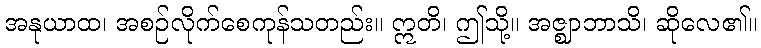
အနုယာထ၊ အစဉ်လိုက်စေကုန်သတည်း။ ဣတိ၊ ဤသို့။ အဇ္ဈာဘာသိ၊ ဆိုလေ၏။